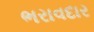
ભરાવદાર